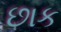
છાક